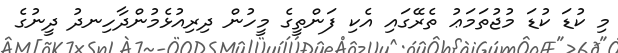
މި ކުޑަ ކުޑަ މުޖުތަމަޢު ތެރޭގައި އެކި ފަންތީގެ މީހުން ދިރިއުޅެމުންދާހިނދު ދީނުގެ